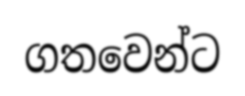
ගතවෙන්ට